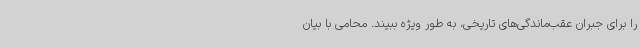
را برای جبران عقب‌ماندگی‌های تاریخی، به طور ویژه ببیند. محامی با بیان